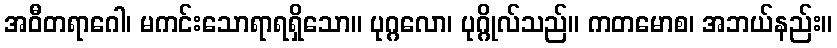
အဝီတရာဂေါ၊ မကင်းသောရာရရှိသော။ ပုဂ္ဂလော၊ ပုဂ္ဂိုလ်သည်။ ကတမောစ၊ အဘယ်နည်း။